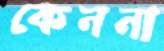
কেননা